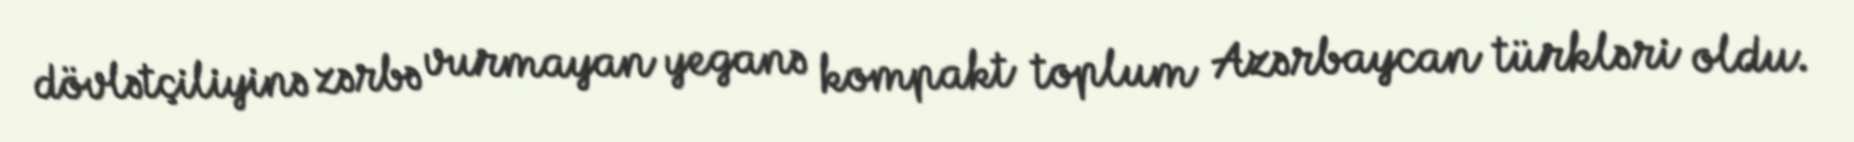
dövlətçiliyinə zərbə vurmayan yeganə kompakt toplum Azərbaycan türkləri oldu.